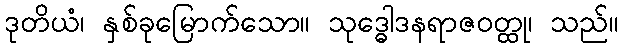
ဒုတိယံ၊ နှစ်ခုမြောက်သော။ သုဒ္ဓေါဒနရာဇဝတ္ထု၊ သည်။